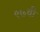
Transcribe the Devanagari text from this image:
९७वी